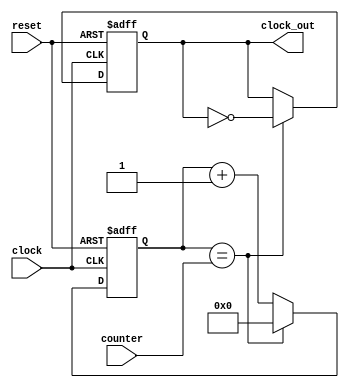
module clock_divider(input clock, input reset, input[5:0] counter, output reg clock_out);

	reg[5:0] temp_counter;
	
	initial 
		begin
			temp_counter <= 6'b0;
			clock_out <= 1'b0;
		end
			
	always @(posedge clock or posedge reset)
	begin
		if(reset)
			begin
				temp_counter <= 6'b0;
				clock_out <= 1'b0;
			end
		else
			if(temp_counter == counter) //va convertir un clk de 50MHz a 1Hz
				begin
					temp_counter <= 6'b0;
					clock_out <= ~clock_out;
				end
			else
				begin
					temp_counter <= temp_counter + 1;
				end
	end	
	
endmodule